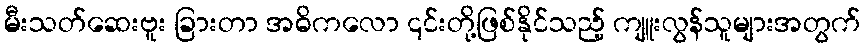
မီးသတ်ဆေးဗူး ခြားတာ အဓိကလော ၎င်းတို့ဖြစ်နိုင်သည့် ကျူးလွန်သူများအတွက်